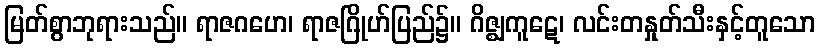
မြတ်စွာဘုရားသည်။ ရာဇဂဟေ၊ ရာဇဂြိုဟ်ပြည်၌။ ဂိဇ္ဈကူဋေ၊ လင်းတနှုတ်သီးနှင့်တူသော